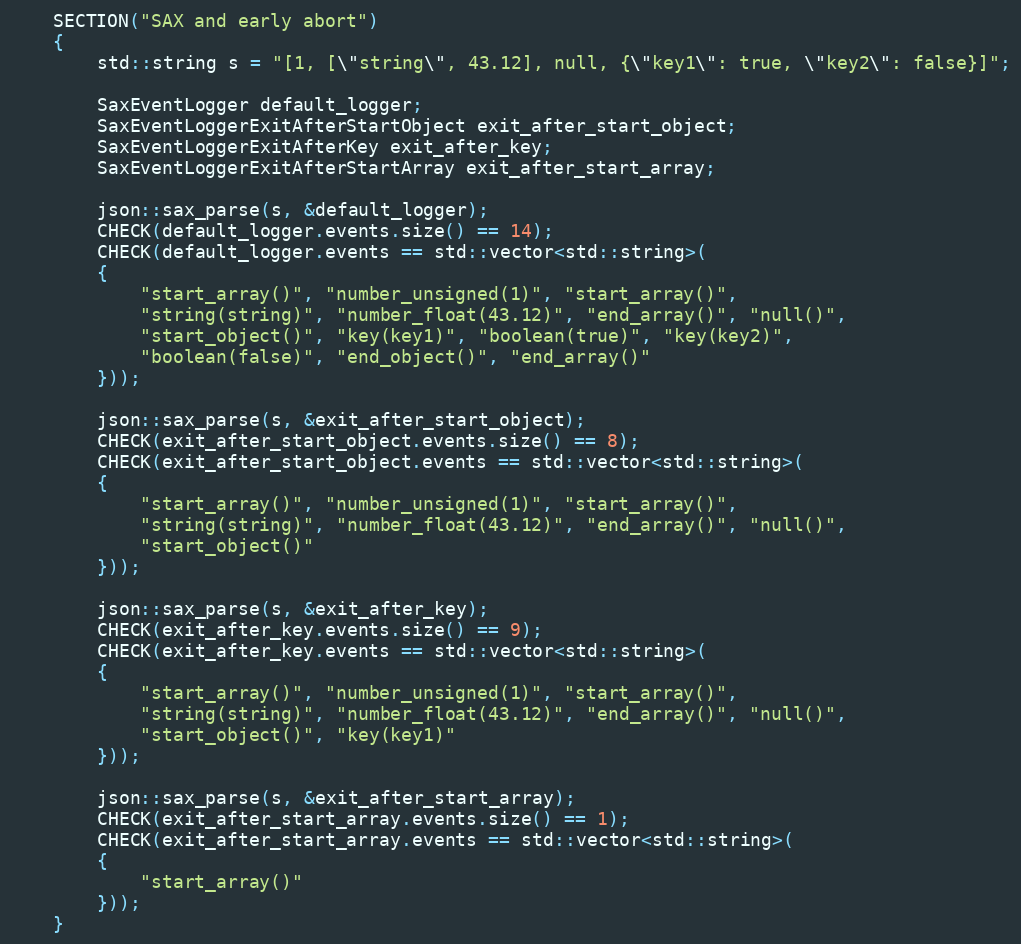
Language: C++
    SECTION("SAX and early abort")
    {
        std::string s = "[1, [\"string\", 43.12], null, {\"key1\": true, \"key2\": false}]";

        SaxEventLogger default_logger;
        SaxEventLoggerExitAfterStartObject exit_after_start_object;
        SaxEventLoggerExitAfterKey exit_after_key;
        SaxEventLoggerExitAfterStartArray exit_after_start_array;

        json::sax_parse(s, &default_logger);
        CHECK(default_logger.events.size() == 14);
        CHECK(default_logger.events == std::vector<std::string>(
        {
            "start_array()", "number_unsigned(1)", "start_array()",
            "string(string)", "number_float(43.12)", "end_array()", "null()",
            "start_object()", "key(key1)", "boolean(true)", "key(key2)",
            "boolean(false)", "end_object()", "end_array()"
        }));

        json::sax_parse(s, &exit_after_start_object);
        CHECK(exit_after_start_object.events.size() == 8);
        CHECK(exit_after_start_object.events == std::vector<std::string>(
        {
            "start_array()", "number_unsigned(1)", "start_array()",
            "string(string)", "number_float(43.12)", "end_array()", "null()",
            "start_object()"
        }));

        json::sax_parse(s, &exit_after_key);
        CHECK(exit_after_key.events.size() == 9);
        CHECK(exit_after_key.events == std::vector<std::string>(
        {
            "start_array()", "number_unsigned(1)", "start_array()",
            "string(string)", "number_float(43.12)", "end_array()", "null()",
            "start_object()", "key(key1)"
        }));

        json::sax_parse(s, &exit_after_start_array);
        CHECK(exit_after_start_array.events.size() == 1);
        CHECK(exit_after_start_array.events == std::vector<std::string>(
        {
            "start_array()"
        }));
    }